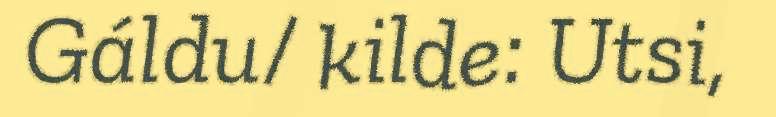
Gáldu/ kilde: Utsi,